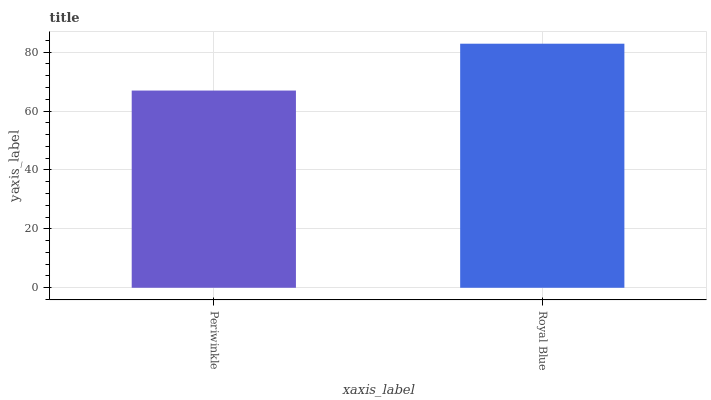
| xaxis_label | bars |
 | --- | --- |
 | Periwinkle | 67 |
 | Royal Blue | 82.9 |